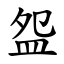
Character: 盌